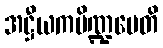
အဋ္ဌီယကပိဏ္ဍမေတိ